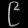
Digit: ၉